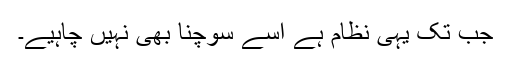
جب تک یہی نظام ہے اُسے سوچنا بھی نہیں چاہیے۔